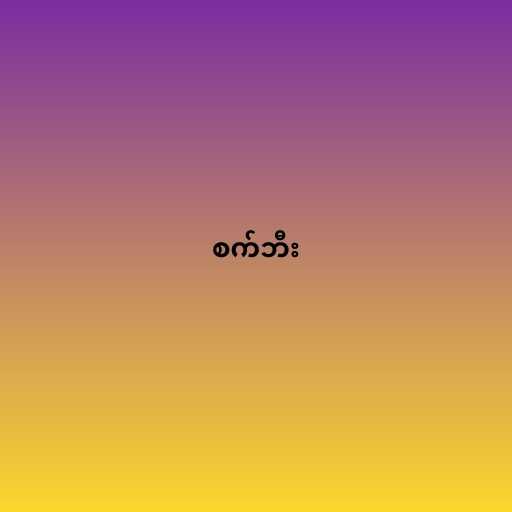
စက်ဘီး